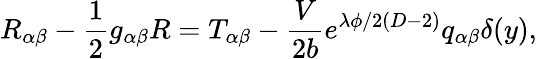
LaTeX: R_{\alpha\beta}-\frac{1}{2}g_{\alpha\beta}R=T_{\alpha\beta}-\frac{V}{2b}e^{\lambda\phi/2(D-2)}q_{\alpha\beta}\delta(y),